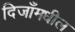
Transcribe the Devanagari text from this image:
दिजाँमधील